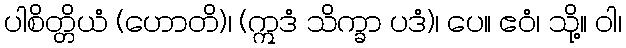
ပါစိတ္တိယံ (ဟောတိ)၊ (ဣဒံ သိက္ခာ ပဒံ)၊ ပေ။ ဧဝံ၊ သို့။ ဝါ၊